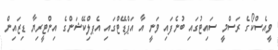
ވީއެސްކޯގެ ރަސްމީ ސައިޓުގައި ބުނެފައި ވަނީ އާ އަޕްޑޭޓްގައި އެޕލްިކޭޝަންގެ އިންޓީރިޔާ ޑިޒައިން